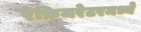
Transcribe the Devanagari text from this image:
रेफ्रिजरेटरमध्ये